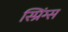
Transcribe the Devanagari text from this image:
स्प्रिंग्‍स